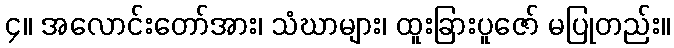
၄။ အလောင်းတော်အား၊ သံဃာများ၊ ထူးခြားပူဇော် မပြုတည်း။